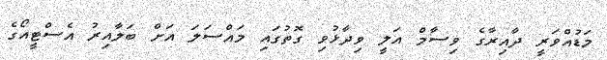
މަޑުއްވަރީ ދާއިރާގެ ވިސާމް އަލީ ވިދާޅުވި ގޮތުގައި މައްސަލަ އަށް ބަލާއިރު އެސްޓީއޯގެ